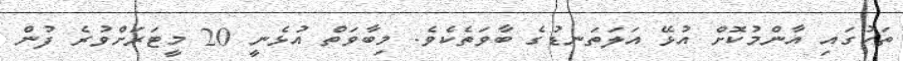
ތަކުގައި އާންމުކޮށް އުޅޭ އަލަތަނޑުގެ ބާވަތެކެވެ. މިބާވަތް އުޅެނީ 20 މީޓަރަށްވުރެ ފުން